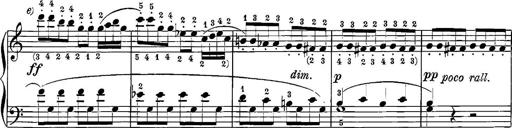
Title: 12 Sonatinas
Composer: Ignaz Pleyel